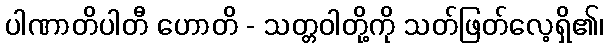
ပါဏာတိပါတီ ဟောတိ - သတ္တဝါတို့ကို သတ်ဖြတ်လေ့ရှိ၏၊